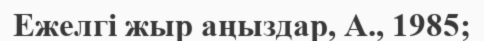
Ежелгi жыр аңыздар, А., 1985;